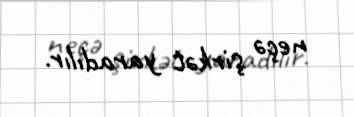
neçə şirkət yaradılır.